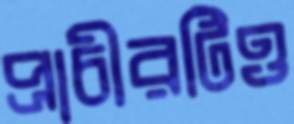
প্রাচীরটিও